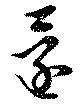
還